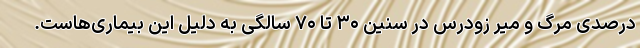
درصدی مرگ و میر زودرس در سنین ۳۰ تا ۷۰ سالگی به دلیل این بیماری‌هاست.